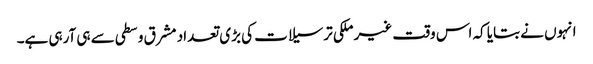
انہوں نے بتایا کہ اس وقت غیر ملکی ترسیلات کی بڑی تعداد مشرق وسطی سے ہی آرہی ہے۔